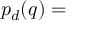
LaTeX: p _ { d } ( q ) =